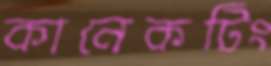
কানেকটিং